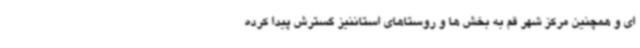
ای و همچنین مرکز شهر قم به بخش ها و روستاهای استاننیز گسترش پیدا کرده